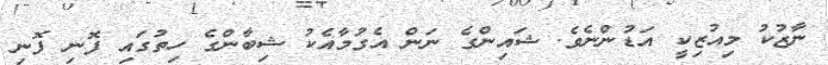
ނާޒުކު މިއުޒިކީ އަޑުންނެވެ. ޝައިންގެ ނަން އެގުމާއެކު ޝިބާންގެ ހިތުގައި ފޮނި ފޮނި